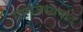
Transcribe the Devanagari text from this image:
सामंजस्यवाद